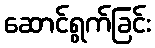
ဆောင်ရွက်ခြင်း